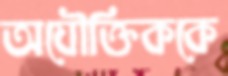
অযৌক্তিককে